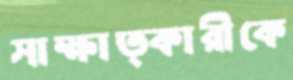
সাক্ষাত্কারীকে